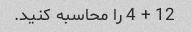
12 + 4 را محاسبه کنید.